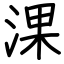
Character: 淉